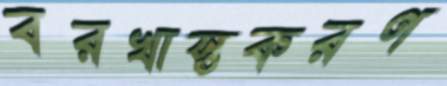
বরখাস্তকরণ